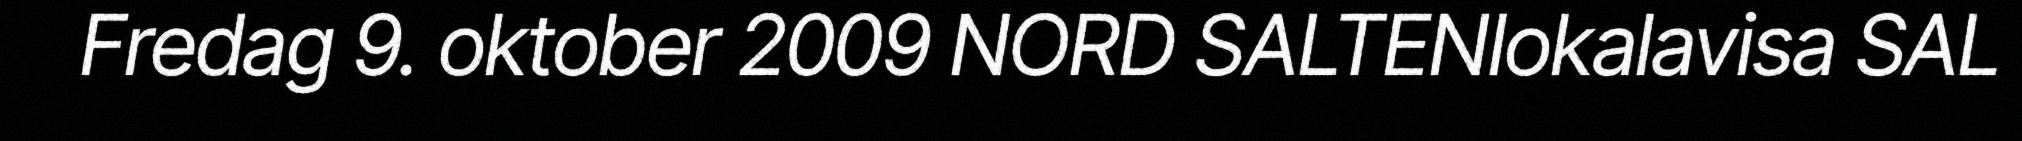
Fredag 9. oktober 2009 NORD SALTENlokalavisa SAL